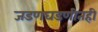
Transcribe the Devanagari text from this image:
जडणघडणीतही